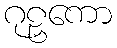
ဂုဠှကော